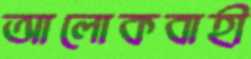
আলোকবাহী